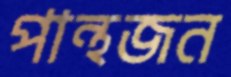
পান্থজন